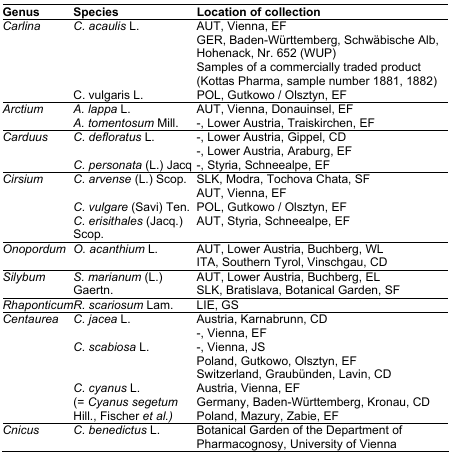
| Genus | Species | Location of collection |
 | --- | --- | --- |
 | <ROWSPAN=2> Carlina | C. acaulis L. | AUT, Vienna, EFGER, Baden-Württemberg, Schwäbische Alb, Hohenack, Nr. 652 (WUP)Samples of a commercially traded product (Kottas Pharma, sample number 1881, 1882) |
 | C. vulgaris L. | POL, Gutkowo / Olsztyn, EF |
 | <ROWSPAN=2> Arctium | A. lappa L. | AUT, Vienna, Donauinsel, EF |
 | A. tomentosum Mill. | -, Lower Austria, Traiskirchen, EF |
 | <ROWSPAN=3> Carduus | C. defloratus L. | -, Lower Austria, Gippel, CD |
 |  | -, Lower Austria, Araburg, EF |
 | C. personata (L.) Jacq | -, Styria, Schneealpe, EF |
 | Cirsium | C. arvense (L.) Scop. | SLK, Modra, Tochova Chata, SF |
 |  |  | AUT, Vienna, EF |
 |  | C. vulgare (Savi) Ten. | POL, Gutkowo / Olsztyn, EF |
 |  | C. erisithales (Jacq.) Scop. | AUT, Styria, Schneealpe, EF |
 | <ROWSPAN=2> Onopordum | O. acanthium L. | AUT, Lower Austria, Buchberg, WL |
 |  | ITA, Southern Tyrol, Vinschgau, CD |
 | <ROWSPAN=2> Silybum | S. marianum (L.) | AUT, Lower Austria, Buchberg, EL |
 | Gaertn. | SLK, Bratislava, Botanical Garden, SF |
 | <COLSPAN=2> Rhaponticum R. scariosum Lam. | LIE, GS |
 | <ROWSPAN=8> Centaurea | C. jacea L. | Austria, Karnabrunn, CD |
 |  | -, Vienna, EF |
 | C. scabiosa L. | -, Vienna, JS |
 |  | Poland, Gutkowo, Olsztyn, EF |
 |  | Switzerland, Graubünden, Lavin, CD |
 | <ROWSPAN=3> C. cyanus L. (= Cyanus segetum Hill., Fischer et al.) | Austria, Vienna, EF |
 | Germany, Baden-Württemberg, Kronau, CD |
 | Poland, Mazury, Zabie, EF |
 | Cnicus | C. benedictus L. | Botanical Garden of the Department of |
 |  |  | Pharmacognosy, University of Vienna |